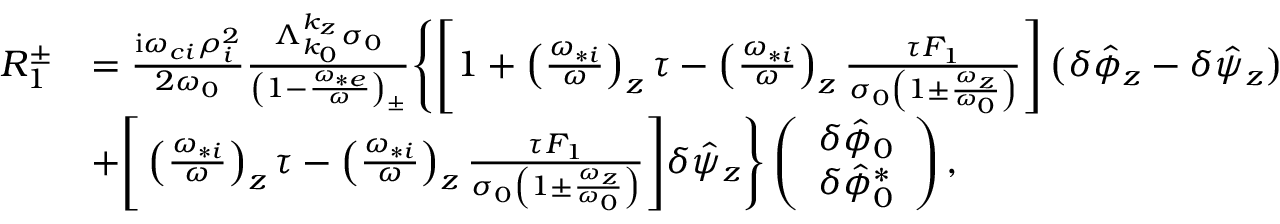
\begin{array} { r l } { R _ { 1 } ^ { \pm } } & { = \frac { \mathrm { i } \omega _ { c i } \rho _ { i } ^ { 2 } } { 2 \omega _ { 0 } } \frac { \Lambda _ { k _ { 0 } } ^ { k _ { z } } \sigma _ { 0 } } { \left( 1 - \frac { \omega _ { * e } } { \omega } \right) _ { \pm } } \Bigg \{ \Bigg [ 1 + \left( \frac { \omega _ { * i } } { \omega } \right) _ { z } \tau - \left( \frac { \omega _ { * i } } { \omega } \right) _ { z } \frac { \tau F _ { 1 } } { \sigma _ { 0 } \left( 1 \pm \frac { \omega _ { z } } { \omega _ { 0 } } \right) } \Bigg ] \left( \delta \hat { \phi } _ { z } - \delta \hat { \psi } _ { z } \right) } \\ & { + \Bigg [ \left( \frac { \omega _ { * i } } { \omega } \right) _ { z } \tau - \left( \frac { \omega _ { * i } } { \omega } \right) _ { z } \frac { \tau F _ { 1 } } { \sigma _ { 0 } \left( 1 \pm \frac { \omega _ { z } } { \omega _ { 0 } } \right) } \Bigg ] \delta \hat { \psi } _ { z } \Bigg \} \left( \begin{array} { c } { \delta \hat { \phi } _ { 0 } } \\ { \delta \hat { \phi } _ { 0 } ^ { * } } \end{array} \right) , } \end{array}